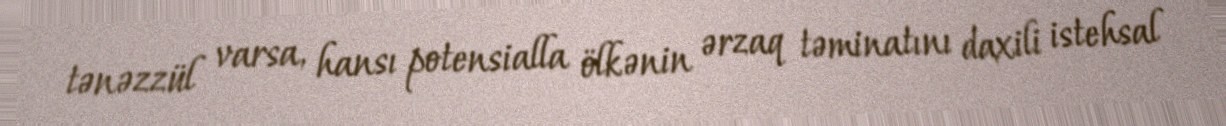
tənəzzül varsa, hansı potensialla ölkənin ərzaq təminatını daxili istehsal